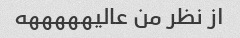
از نظر من عالیهههههه